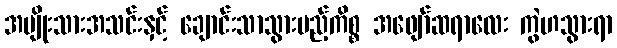
အမျိုးသားအသင်းနှင့် ချောင်းသာသွားမည့်ကိစ္စ အဖျော်ဆရာလေး ကွဲဟသွားရာ